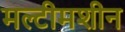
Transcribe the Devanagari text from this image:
मल्टीमशीन